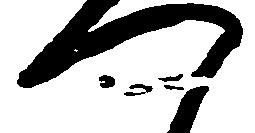
つ